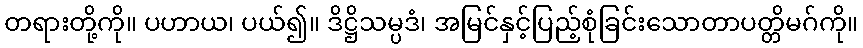
တရားတို့ကို။ ပဟာယ၊ ပယ်၍။ ဒိဋ္ဌိသမ္ပဒံ၊ အမြင်နှင့်ပြည့်စုံခြင်းသောတာပတ္တိမဂ်ကို။